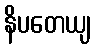
နိပတေယျ